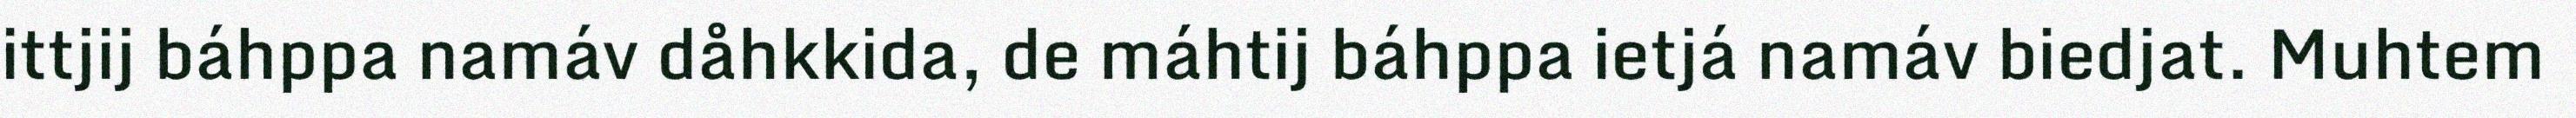
ittjij báhppa namáv dåhkkida, de máhtij báhppa ietjá namáv biedjat. Muhtem